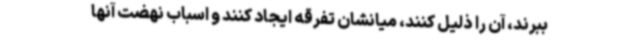
ببرند، آن را ذلیل کنند، میانشان تفرقه ایجاد کنند و اسباب نهضت آنها